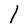
Character: l